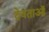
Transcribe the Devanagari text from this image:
देवताऑ